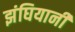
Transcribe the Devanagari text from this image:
झंघियानी